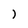
Character: i